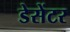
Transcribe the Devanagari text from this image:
डेसेंटर